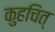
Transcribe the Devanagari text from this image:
कुहचित्